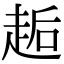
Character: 䞧